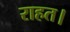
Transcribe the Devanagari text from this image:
राहत।